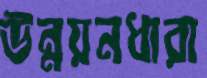
উন্নয়নধারা